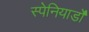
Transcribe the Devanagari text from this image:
स्पेनियार्डों